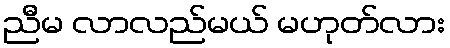
ညီမ လာလည်မယ် မဟုတ်လား